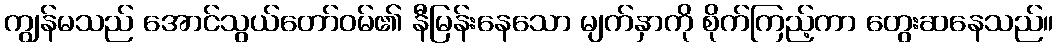
ကျွန်မသည် အောင်သွယ်တော်ဝမ်၏ နီမြန်းနေသော မျက်နှာကို စိုက်ကြည့်ကာ တွေးဆနေသည်။